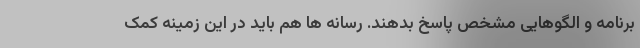
برنامه و الگوهایی مشخص پاسخ بدهند. رسانه ها هم باید در این زمینه کمک